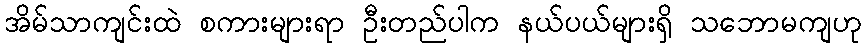
အိမ်သာကျင်းထဲ စကားများရာ ဦးတည်ပါက နယ်ပယ်များရှိ သဘောမကျဟု